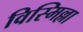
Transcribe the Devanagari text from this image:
विस्मिल्ला